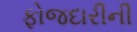
ફોજદારીની